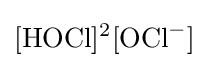
[{\mathrm {HOCl} }]^{2}[{\mathrm {OCl} {\vphantom {A}}^{-}}]